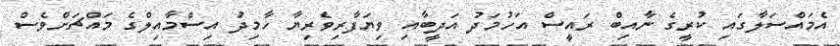
އެމައްސަލާގައި ކުރީގެ ނާއިބް ރައީސް އަހުމަދު އަދީބާއި ވިޔަފާރިވެރިޔާ ހާމިދު އިސްމާއިލްގެ މައްޗަށްވެސް